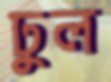
ঢুল